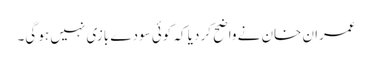
عمران خان نے واضح کر دیا کہ کوئی سودے بازی نہیں ہو گی۔